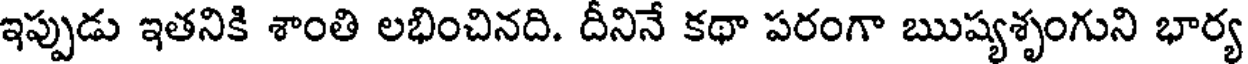
ఇప్పుడు ఇతనికి శాంతి లభించినది. దీనినే కథా పరంగా ఋష్యశృంగుని భార్య